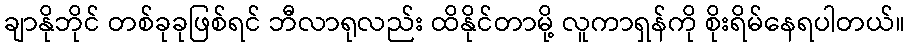
ချာနိုဘိုင် တစ်ခုခုဖြစ်ရင် ဘီလာရုလည်း ထိနိုင်တာမို့ လူကာရှန်ကို စိုးရိမ်နေရပါတယ်။